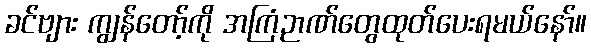
ခင်ဗျား ကျွန်တော့်ကို အကြံဉာဏ်တွေထုတ်ပေးရမယ်နော်။